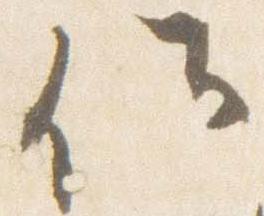
候